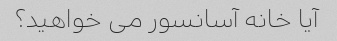
آیا خانه آسانسور می خواهید؟